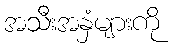
အသီးအနှံများကို